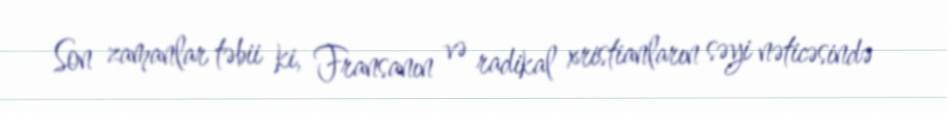
Son zamanlar təbii ki, Fransanın və radikal xristianların səyi nəticəsində